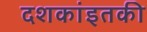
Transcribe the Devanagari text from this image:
दशकांइतकी